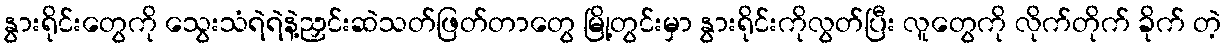
နွားရိုင်းတွေကို သွေးသံရဲရဲနဲ့ညှင်းဆဲသတ်ဖြတ်တာတွေ မြို့တွင်းမှာ နွားရိုင်းကိုလွတ်ပြီး လူတွေကို လိုက်တိုက် ခိုက် တဲ့